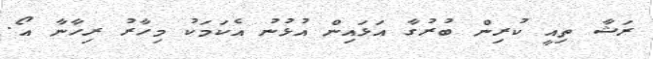
ރަޝާ ތިއީ ކުރިން ބުރުގާ އަޅައިން އުޅުނު އެކަމަކު މިހާރު ރިހާނާ އޯ.